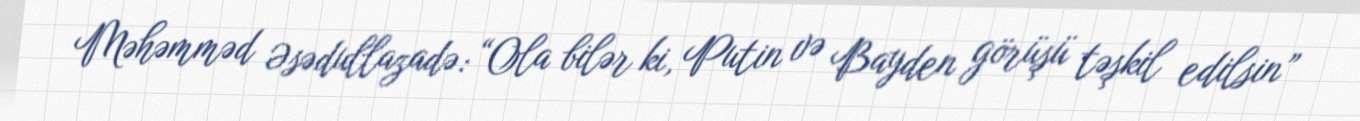
Məhəmməd Əsədullazadə: “Ola bilər ki, Putin və Bayden görüşü təşkil edilsin”